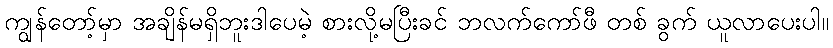
ကျွန်တော့်မှာ အချိန်မရှိဘူးဒါပေမဲ့ စားလို့မပြီးခင် ဘလက်ကော်ဖီ တစ် ခွက် ယူလာပေးပါ။